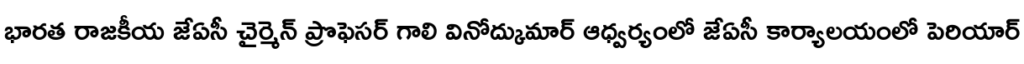
భారత రాజకీయ జేఏసీ చైర్మెన్ ప్రొఫెసర్ గాలి వినోద్కుమార్ ఆధ్వర్యంలో జేఏసీ కార్యాలయంలో పెరియార్